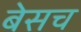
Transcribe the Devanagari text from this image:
बेसच